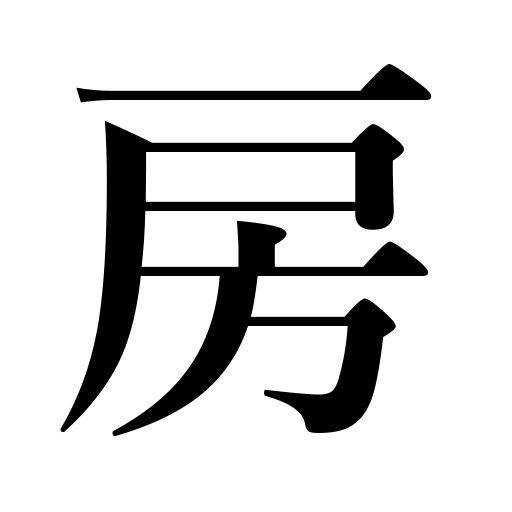
Meanings: house,segment of an orange,fringe,bunch,room,tuft,cluster,tassel,lock of hair